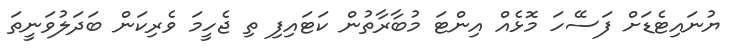
ޔުނައިޓެޑަށް ފަސޭހަ މޮޅެއް އިންޓަ މުބާރާތުން ކަޓައިފި ތި ޖެހީމަ ވެރިކަން ބަދަލުވަނީތަ